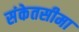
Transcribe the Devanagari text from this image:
संकेतसीमा